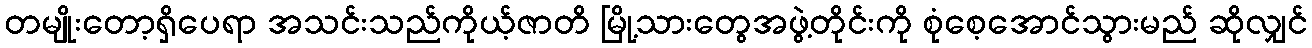
တမျိုးတော့ရှိပေရာ အသင်းသည်ကိုယ့်ဇာတိ မြို့သားတွေအဖွဲ့တိုင်းကို စုံစေ့အောင်သွားမည် ဆိုလျှင်